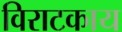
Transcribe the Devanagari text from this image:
विराटकाय